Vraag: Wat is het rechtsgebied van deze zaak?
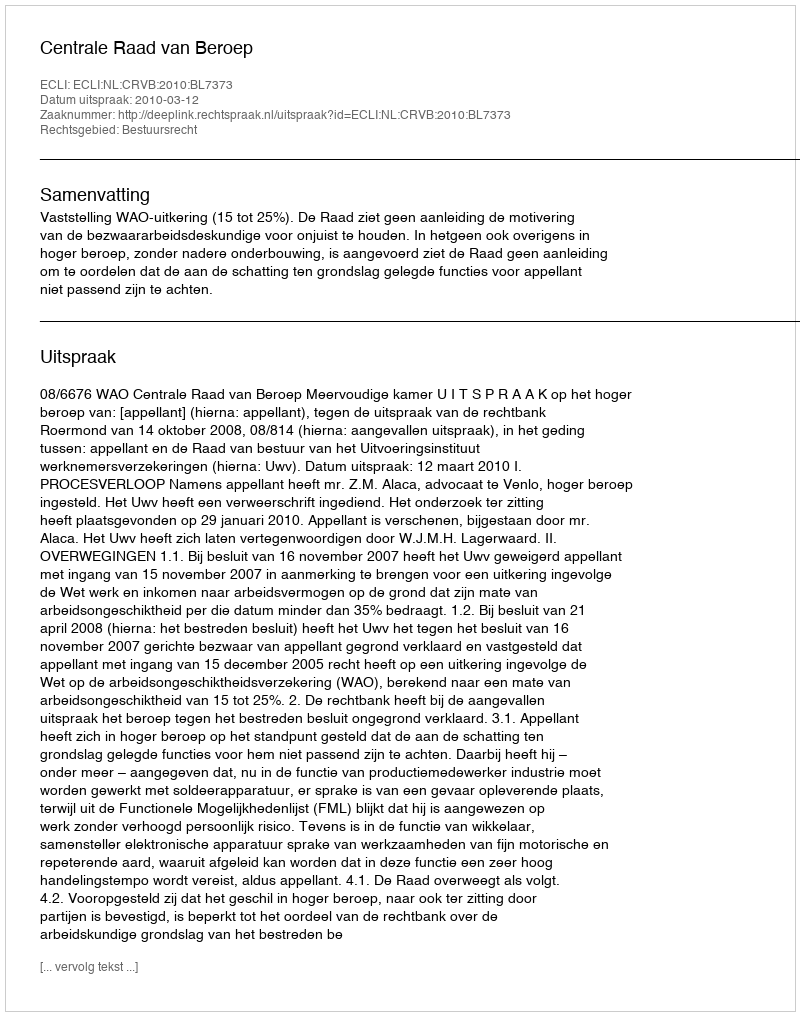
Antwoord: Bestuursrecht